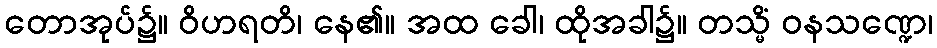
တောအုပ်၌။ ဝိဟရတိ၊ နေ၏။ အထ ခေါ၊ ထိုအခါ၌။ တသ္မိံ ဝနသဏ္ဍေ၊